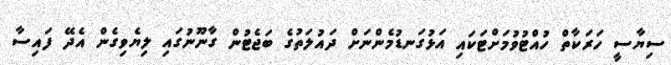
ސިޔާސީ ހަރަކާތް ހުއްޓުވުމަށްޓަކައި އަޅުގަނޑުމެންނަށް ދައުލަތުގެ ބަޖެޓުން ގާނޫނުގައި ލިޔެވިގެން އެދޭ ފައިސާ